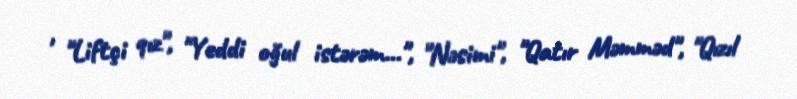
, "Liftçi qız", "Yeddi oğul istərəm...", "Nəsimi", "Qatır Məmməd", "Qızıl